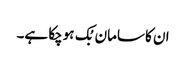
ان کا سامان بُک ہوچکا ہے۔